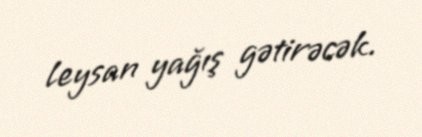
leysan yağış gətirəcək.